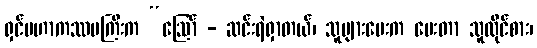
ရှင်မဟာကဿပကြီးက “ဩော် - ဆင်းရဲရှာတယ်၊ သူများပေးက ပေးတာ သူထိုင်စား၊